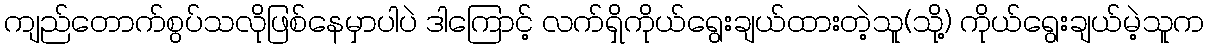
ကျည်တောက်စွပ်သလိုဖြစ်နေမှာပါပဲ ဒါကြောင့် လက်ရှိကိုယ်ရွေးချယ်ထားတဲ့သူ(သို့) ကိုယ်ရွေးချယ်မဲ့သူက